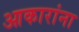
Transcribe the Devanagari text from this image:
आकारांना